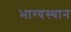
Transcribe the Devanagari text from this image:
भाग्यस्थान